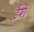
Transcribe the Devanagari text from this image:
ईशें